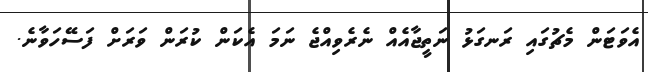
އެވަޓަން މެޗުގައި ރަނގަޅު ނަތީޖާއެއް ނެރެވިއްޖެ ނަމަ އެކަން ކުރަން ވަރަަށް ފަސޭހަވާނެ.